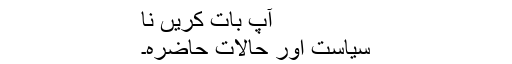
آپ بات کریں نا
سیاست اور حالاتِ حاضرہ۔